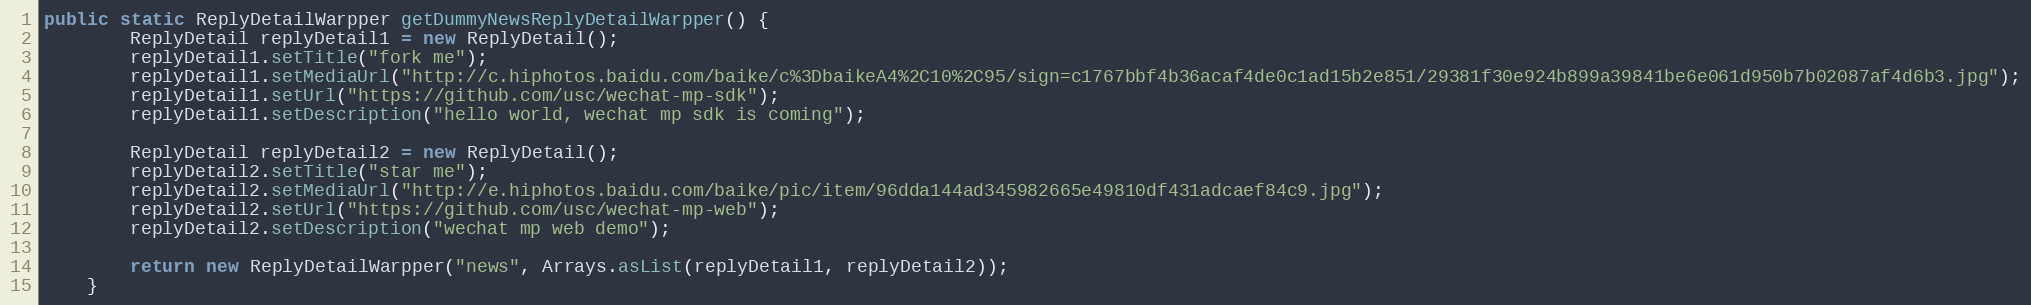
Language: Java
public static ReplyDetailWarpper getDummyNewsReplyDetailWarpper() {
        ReplyDetail replyDetail1 = new ReplyDetail();
        replyDetail1.setTitle("fork me");
        replyDetail1.setMediaUrl("http://c.hiphotos.baidu.com/baike/c%3DbaikeA4%2C10%2C95/sign=c1767bbf4b36acaf4de0c1ad15b2e851/29381f30e924b899a39841be6e061d950b7b02087af4d6b3.jpg");
        replyDetail1.setUrl("https://github.com/usc/wechat-mp-sdk");
        replyDetail1.setDescription("hello world, wechat mp sdk is coming");

        ReplyDetail replyDetail2 = new ReplyDetail();
        replyDetail2.setTitle("star me");
        replyDetail2.setMediaUrl("http://e.hiphotos.baidu.com/baike/pic/item/96dda144ad345982665e49810df431adcaef84c9.jpg");
        replyDetail2.setUrl("https://github.com/usc/wechat-mp-web");
        replyDetail2.setDescription("wechat mp web demo");

        return new ReplyDetailWarpper("news", Arrays.asList(replyDetail1, replyDetail2));
    }